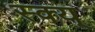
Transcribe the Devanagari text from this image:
स्क्य्